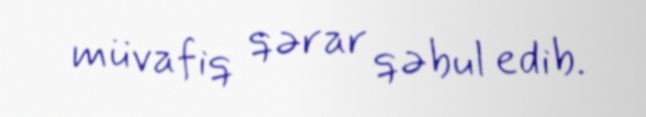
müvafiq qərar qəbul edib.